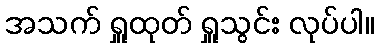
အသက် ရှူထုတ် ရှူသွင်း လုပ်ပါ။